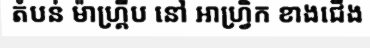
តំបន់ ម៉ាហ្គ្រីប នៅ អាហ្វ្រិក ខាងជើង